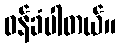
ဝန်ခံပါတယ်။